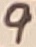
Text: 9